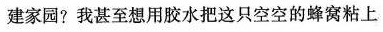
建家园?我甚至想用胶水把这只空空的蜂窝粘上